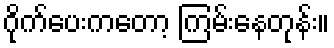
ဂိုက်ပေးကတော့ ကြမ်းနေတုန်း။